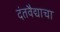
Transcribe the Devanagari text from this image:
दंतवैद्याचा